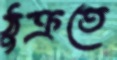
ঠুক্‌রতে